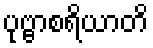
ပုဗ္ဗာစရိယာတိ